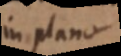
in plano